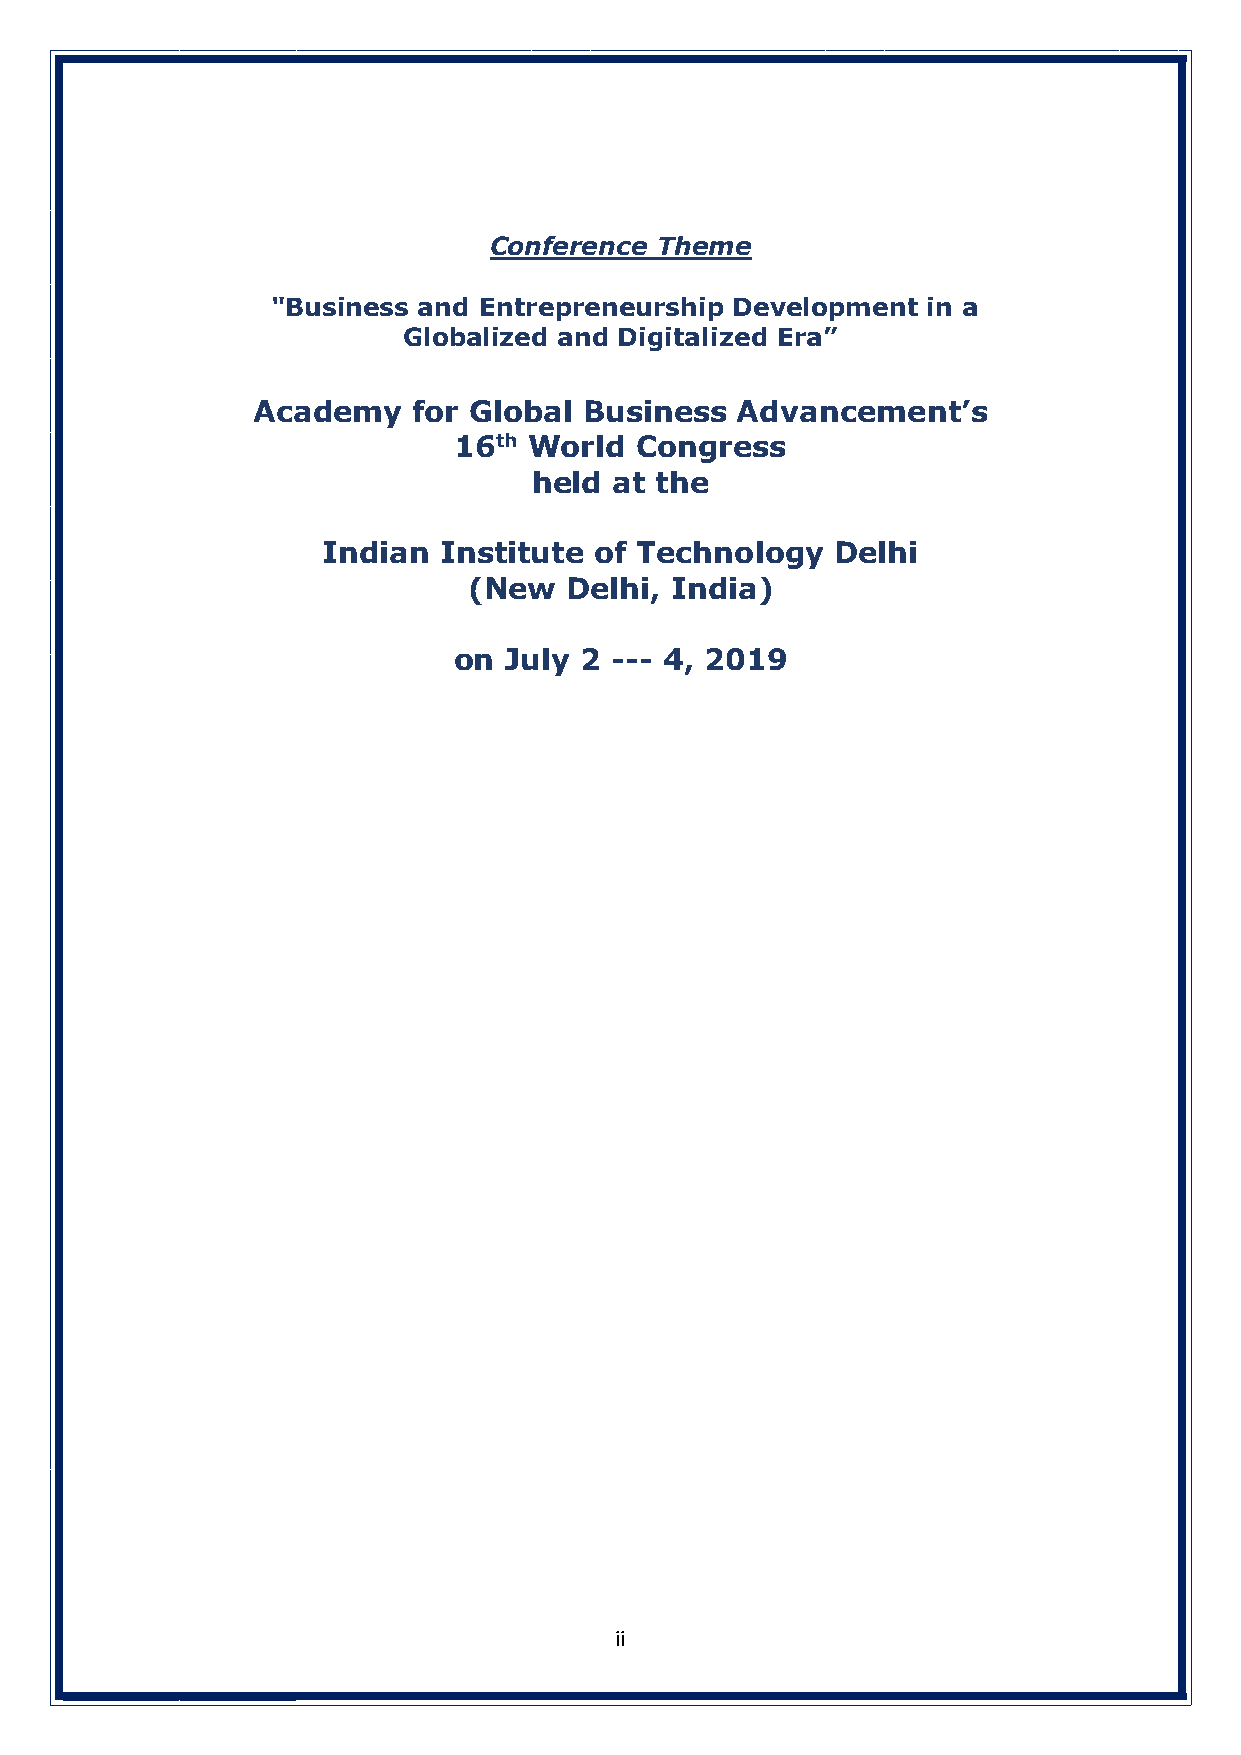
Conference Theme
 "Business and Entrepreneurship Development in a
 Globalized and Digitalized Era”
 Academy   for Global  Business  Advancement’s
 16th World  Congress
 held  at the
 Indian  Institute of Technology   Delhi
 (New  Delhi, India)
 on July 2 --- 4, 2019
 ii